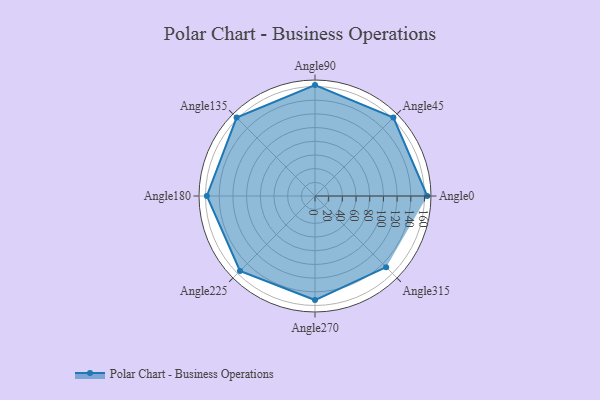
{"axis": {"x": "Angle", "y": "Radius"}, "legend": [""], "data": [{"x": "Angle0", "y": 164.0, "type": ""}, {"x": "Angle45", "y": 162.0, "type": ""}, {"x": "Angle90", "y": 162.0, "type": ""}, {"x": "Angle135", "y": 162.0, "type": ""}, {"x": "Angle180", "y": 158.0, "type": ""}, {"x": "Angle225", "y": 155.0, "type": ""}, {"x": "Angle270", "y": 152.0, "type": ""}, {"x": "Angle315", "y": 147.0, "type": ""}]}